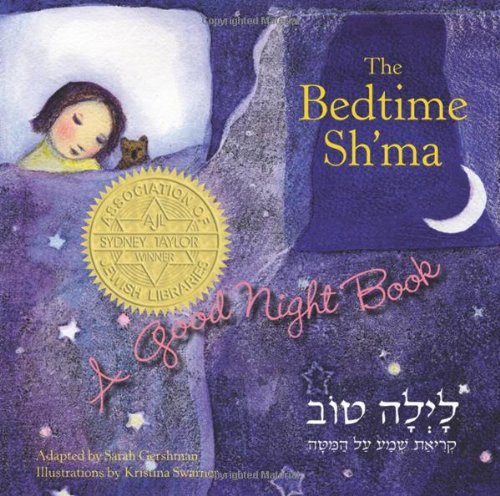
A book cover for The Bedtime Sh'ma; Sarah Gershman; Religion & Spirituality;